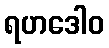
ရဟဒေါဝ